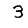
Digit: 3